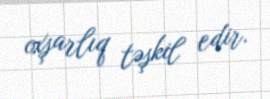
oxşarlıq təşkil edir.